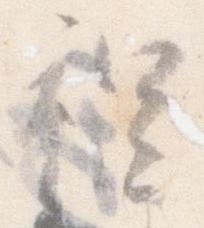
程